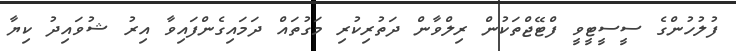
ފުލުހުންގެ ސީސީޓީވީ ފްޓޭޖްތަކުން ރިލްވާން ދަތުރިކުރި މަގުތައް ދަމައިގެންފައިވާ އިރު ޝުވައިދު ކިޔާ